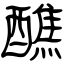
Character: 醮